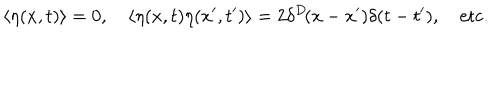
\langle \eta ( x , t ) \rangle = 0 , \quad \langle \eta ( x , t ) \eta ( x ^ { \prime } , t ^ { \prime } ) \rangle = 2 \delta ^ { D } \! ( x - x ^ { \prime } ) \delta ( t - t ^ { \prime } ) , \quad { \mathrm { e t c . } }